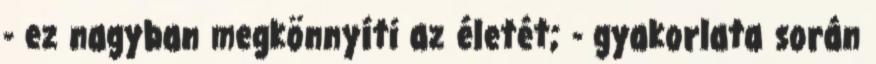
- ez nagyban megkönnyíti az életét; - gyakorlata során